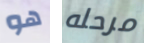
هو مرحله